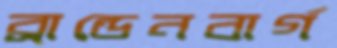
ব্রান্ডেনবার্গ